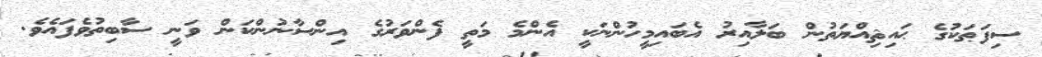
ސިފަޠަކުގެ ޙައިޘިއްޔަތުން ބަލާއިރު އެބައިމީހުންނަކީ އެންމެ މަތީ ފެންވަރުގެ އިންސާނުންކަން ވަނީ ސާބިތުވެފައެވެ.